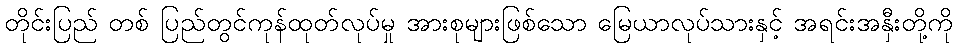
တိုင်းပြည် တစ် ပြည်တွင်ကုန်ထုတ်လုပ်မှု အားစုများဖြစ်သော မြေယာလုပ်သားနှင့် အရင်းအနှီးတို့ကို